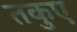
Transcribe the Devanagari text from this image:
तकुए